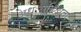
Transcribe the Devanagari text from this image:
अधःसक्रियता